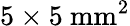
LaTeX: \mathrm{5\times 5~mm^{2}}